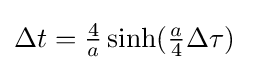
\Delta t={\tfrac {4}{a}}\sinh({\tfrac {a}{4}}\Delta \tau )\